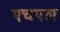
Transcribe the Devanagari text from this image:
एचएल